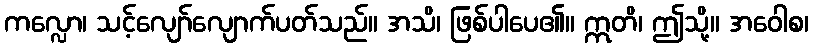
ကလ္လော၊ သင့်လျော်လျောက်ပတ်သည်။ အသိ၊ ဖြစ်ပါပေ၏။ ဣတိ၊ ဤသို့။ အဝေါစ၊